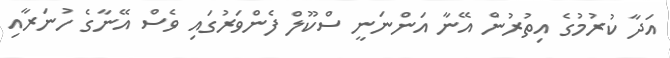
އަދާ ކުރުމުގެ އިތުރުން އޭނާ އަންނަނީ ސްކޫލް ފެންވަރުގައި ވެސް އޭނާގެ ހުނަރާއި